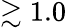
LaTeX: \gtrsim 1.0